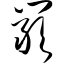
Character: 岩